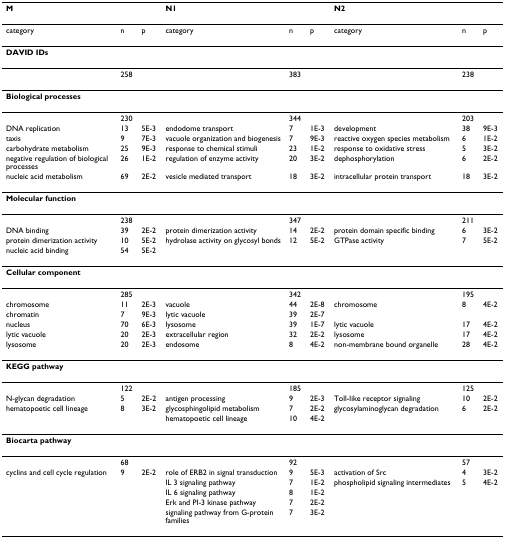
<table><thead><tr><td><b>M</b></td><td></td><td></td><td><b>N1</b></td><td></td><td></td><td><b>N2</b></td><td></td><td></td></tr></thead><tbody><tr><td>category</td><td>n</td><td>p</td><td>category</td><td>n</td><td>p</td><td>category</td><td>n</td><td>p</td></tr><tr><td><b>DAVID IDs</b></td><td></td><td></td><td></td><td></td><td></td><td></td><td></td><td></td></tr><tr><td></td><td>258</td><td></td><td></td><td>383</td><td></td><td></td><td>238</td><td></td></tr><tr><td><b>Biological processes</b></td><td></td><td></td><td></td><td></td><td></td><td></td><td></td><td></td></tr><tr><td></td><td>230</td><td></td><td></td><td>344</td><td></td><td></td><td>203</td><td></td></tr><tr><td>DNA replication</td><td>13</td><td>5E-3</td><td>endodome transport</td><td>7</td><td>1E-3</td><td>development</td><td>38</td><td>9E-3</td></tr><tr><td>taxis</td><td>9</td><td>7E-3</td><td>vacuole organization and biogenesis</td><td>7</td><td>9E-3</td><td>reactive oxygen species metabolism</td><td>6</td><td>1E-2</td></tr><tr><td>carbohydrate metabolism</td><td>25</td><td>9E-3</td><td>response to chemical stimuli</td><td>23</td><td>1E-2</td><td>response to oxidatïve stress</td><td>5</td><td>3E-2</td></tr><tr><td>negative regulation of biological processes</td><td>26</td><td>1E-2</td><td>regulation of enzyme activity</td><td>20</td><td>3E-2</td><td>dephosphorylation</td><td>6</td><td>2E-2</td></tr><tr><td>nucleic acid metabolism</td><td>69</td><td>2E-2</td><td>vesicle mediated transport</td><td>18</td><td>3E-2</td><td>intracellular protein transport</td><td>18</td><td>3E-2</td></tr><tr><td><b>Molecular function</b></td><td></td><td></td><td></td><td></td><td></td><td></td><td></td><td></td></tr><tr><td></td><td>238</td><td></td><td></td><td>347</td><td></td><td></td><td>211</td><td></td></tr><tr><td>DNA binding</td><td>39</td><td>2E-2</td><td>protein dimerization activity</td><td>14</td><td>2E-2</td><td>protein domain specific binding</td><td>6</td><td>3E-2</td></tr><tr><td>protein dimerization activity</td><td>10</td><td>5E-2</td><td>hydrolase activity on glycosyl bonds</td><td>12</td><td>5E-2</td><td>GTPase activity</td><td>7</td><td>5E-2</td></tr><tr><td>nucleic acid binding</td><td>54</td><td>5E-2</td><td></td><td></td><td></td><td></td><td></td><td></td></tr><tr><td><b>Cellular component</b></td><td></td><td></td><td></td><td></td><td></td><td></td><td></td><td></td></tr><tr><td></td><td>285</td><td></td><td></td><td>342</td><td></td><td></td><td>195</td><td></td></tr><tr><td>chromosome</td><td>11</td><td>2E-3</td><td>vacuole</td><td>44</td><td>2E-8</td><td>chromosome</td><td>8</td><td>4E-2</td></tr><tr><td>chromatin</td><td>7</td><td>9E-3</td><td>lytic vacuole</td><td>39</td><td>2E-7</td><td></td><td></td><td></td></tr><tr><td>nucleus</td><td>70</td><td>6E-3</td><td>lysosome</td><td>39</td><td>1E-7</td><td>lytic vacuole</td><td>17</td><td>4E-2</td></tr><tr><td>lytic vacuole</td><td>20</td><td>2E-3</td><td>extracellular region</td><td>32</td><td>2E-2</td><td>lysosome</td><td>17</td><td>4E-2</td></tr><tr><td>lysosome</td><td>20</td><td>2E-3</td><td>endosome</td><td>8</td><td>4E-2</td><td>non-membrane bound organelle</td><td>28</td><td>4E-2</td></tr><tr><td><b>KEGG pathway</b></td><td></td><td></td><td></td><td></td><td></td><td></td><td></td><td></td></tr><tr><td></td><td>122</td><td></td><td></td><td>185</td><td></td><td></td><td>125</td><td></td></tr><tr><td>N-glycan degradation</td><td>5</td><td>2E-2</td><td>antigen processing</td><td>9</td><td>2E-3</td><td>Toll-like receptor signaling</td><td>10</td><td>2E-2</td></tr><tr><td>hematopoetic cell lineage</td><td>8</td><td>3E-2</td><td>glycosphingolipid metabolism</td><td>7</td><td>2E-2</td><td>glycosylaminoglycan degradation</td><td>6</td><td>2E-2</td></tr><tr><td></td><td></td><td></td><td>hematopoetic cell lineage</td><td>10</td><td>4E-2</td><td></td><td></td><td></td></tr><tr><td><b>Biocarta pathway</b></td><td></td><td></td><td></td><td></td><td></td><td></td><td></td><td></td></tr><tr><td></td><td>68</td><td></td><td></td><td>92</td><td></td><td></td><td>57</td><td></td></tr><tr><td>cyclins and cell cycle regulation</td><td>9</td><td>2E-2</td><td>role of ERB2 in signal transduction</td><td>9</td><td>5E-3</td><td>activation of Src</td><td>4</td><td>3E-2</td></tr><tr><td></td><td></td><td></td><td>IL 3 signaling pathway</td><td>7</td><td>1E-2</td><td>phospholipid signaling intermediates</td><td>5</td><td>4E-2</td></tr><tr><td></td><td></td><td></td><td>IL 6 signaling pathway</td><td>8</td><td>1E-2</td><td></td><td></td><td></td></tr><tr><td></td><td></td><td></td><td>Erk and PI-3 kinase pathway</td><td>7</td><td>2E-2</td><td></td><td></td><td></td></tr><tr><td></td><td></td><td></td><td>signaling pathway from G-protein families</td><td>7</td><td>3E-2</td><td></td><td></td><td></td></tr></tbody></table>